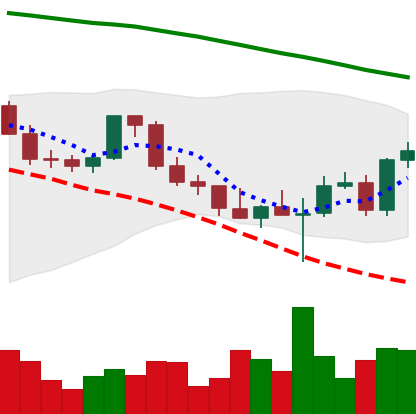
Ticker: ETH-USD
Chart end date: 2022-03-01
Forward return: -14.044%
Label: down_7plus